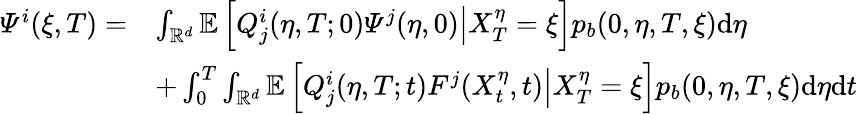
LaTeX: \begin{array}{rl}{\varPsi^{i}(\xi,T)=}&{\int_{\mathbb{R}^{d}}\mathbb{E}\left[\left.Q_{j}^{i}(\eta,T;0)\varPsi^{j}(\eta,0)\right|X_{T}^{\eta}=\xi\right]p_{b}(0,\eta,T,\xi)\mathrm{d}\eta}\\ &{+\int_{0}^{T}\int_{\mathbb{R}^{d}}\mathbb{E}\left[\left.Q_{j}^{i}(\eta,T;t)F^{j}(X_{t}^{\eta},t)\right|X_{T}^{\eta}=\xi\right]p_{b}(0,\eta,T,\xi)\mathrm{d}\eta\mathrm{d}t}\end{array}